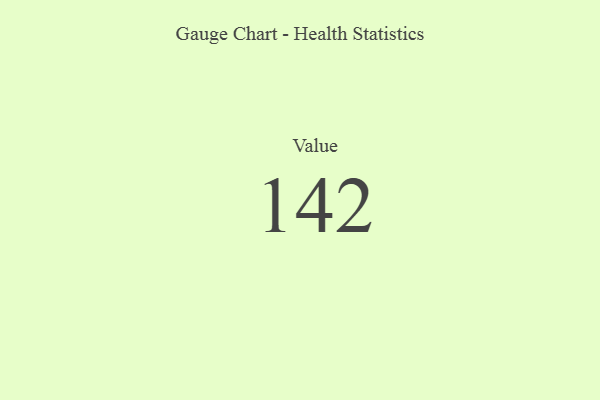
{"axis": {"x": "Metric", "y": "Value"}, "legend": [""], "data": [{"x": "Value", "y": 142, "type": ""}]}